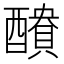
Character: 𮡁